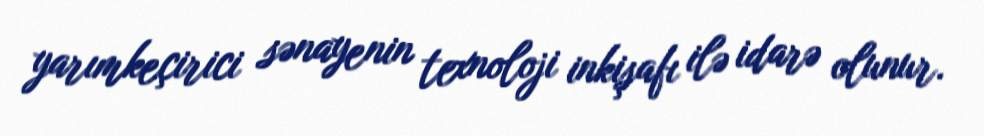
yarımkeçirici sənayenin texnoloji inkişafı ilə idarə olunur.